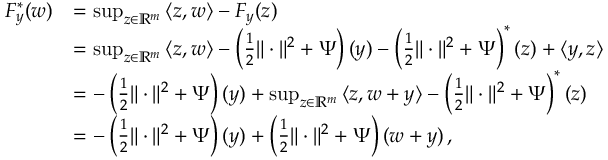
\begin{array} { r l } { F _ { y } ^ { \ast } ( w ) } & { = \operatorname* { s u p } _ { z \in \mathbb { R } ^ { m } } \, \langle z , w \rangle - F _ { y } ( z ) } \\ & { = \operatorname* { s u p } _ { z \in \mathbb { R } ^ { m } } \, \langle z , w \rangle - \left( \frac 1 2 \| \cdot \| ^ { 2 } + \Psi \right) ( y ) - \left( \frac 1 2 \| \cdot \| ^ { 2 } + \Psi \right) ^ { \ast } ( z ) + \langle y , z \rangle } \\ & { = - \left( \frac 1 2 \| \cdot \| ^ { 2 } + \Psi \right) ( y ) + \operatorname* { s u p } _ { z \in \mathbb { R } ^ { m } } \, \langle z , w + y \rangle - \left( \frac 1 2 \| \cdot \| ^ { 2 } + \Psi \right) ^ { \ast } ( z ) } \\ & { = - \left( \frac 1 2 \| \cdot \| ^ { 2 } + \Psi \right) ( y ) + \left( \frac 1 2 \| \cdot \| ^ { 2 } + \Psi \right) ( w + y ) \, , } \end{array}